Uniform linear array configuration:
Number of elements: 24
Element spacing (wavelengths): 0.25
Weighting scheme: blackman
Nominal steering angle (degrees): -60
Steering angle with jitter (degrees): -59.693
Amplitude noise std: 0.05
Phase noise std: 0.05

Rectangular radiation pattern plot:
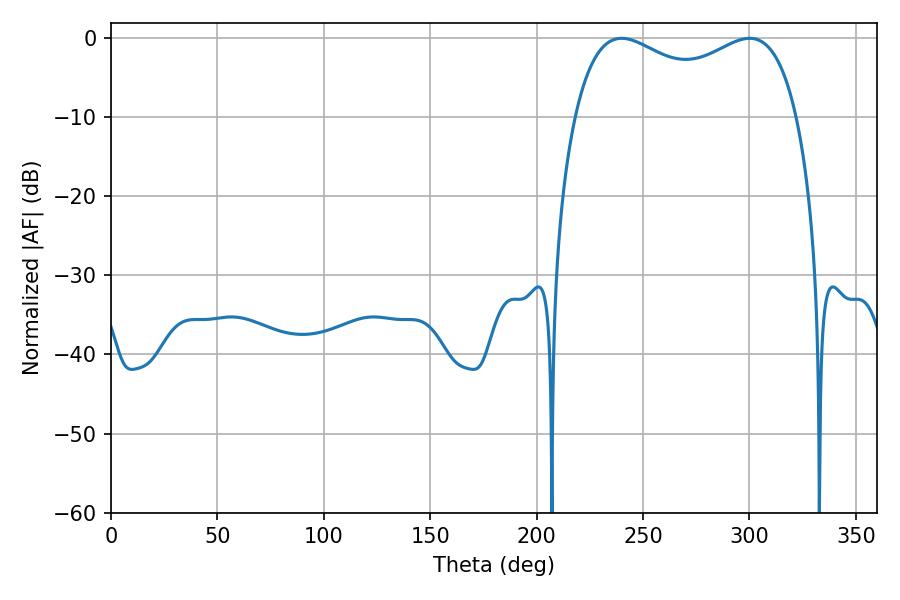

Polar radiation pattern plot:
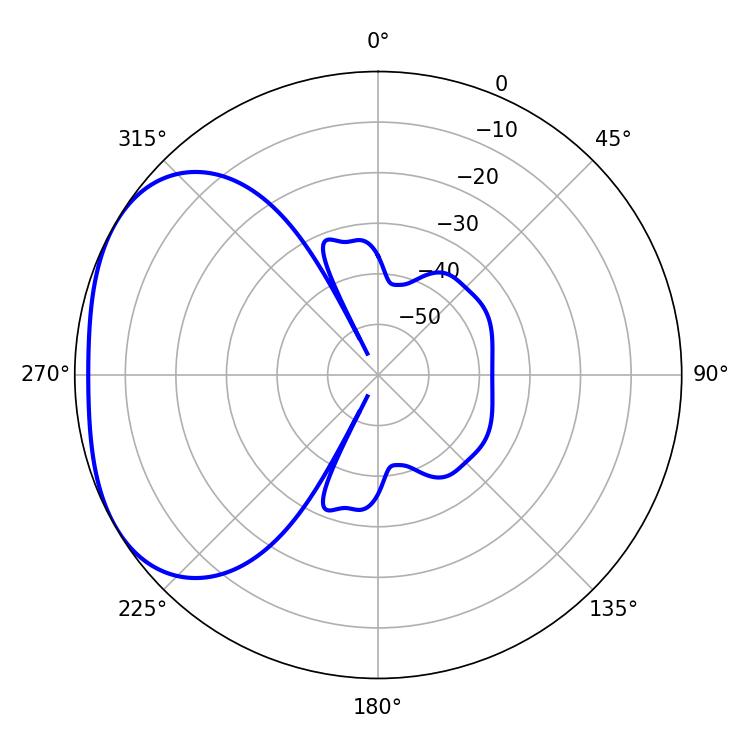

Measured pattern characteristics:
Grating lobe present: FALSE
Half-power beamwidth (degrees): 87.12
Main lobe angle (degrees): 239.94